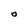
Character: O